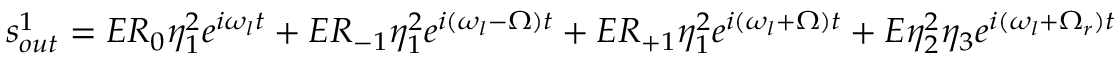
s _ { o u t } ^ { 1 } = E R _ { 0 } \eta _ { 1 } ^ { 2 } e ^ { i \omega _ { l } t } + E R _ { - 1 } \eta _ { 1 } ^ { 2 } e ^ { i ( \omega _ { l } - \Omega ) t } + E R _ { + 1 } \eta _ { 1 } ^ { 2 } e ^ { i ( \omega _ { l } + \Omega ) t } + E \eta _ { 2 } ^ { 2 } \eta _ { 3 } e ^ { i ( \omega _ { l } + \Omega _ { r } ) t }